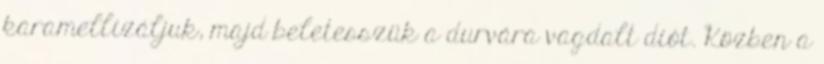
karamellizáljuk, majd beletesszük a durvára vagdalt diót. Közben a